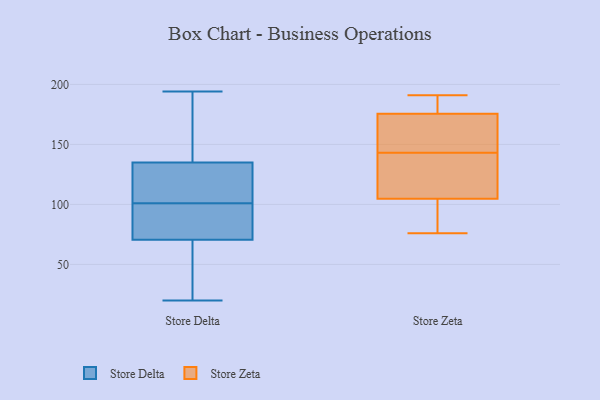
{"axis": {"x": "Net Income (USD K)", "y": "Value"}, "legend": ["Store Delta", "Store Zeta"], "data": [{"x": "", "y": 66, "type": "Store Delta"}, {"x": "", "y": 141, "type": "Store Delta"}, {"x": "", "y": 103, "type": "Store Delta"}, {"x": "", "y": 120, "type": "Store Delta"}, {"x": "", "y": 20, "type": "Store Delta"}, {"x": "", "y": 75, "type": "Store Delta"}, {"x": "", "y": 166, "type": "Store Delta"}, {"x": "", "y": 108, "type": "Store Delta"}, {"x": "", "y": 45, "type": "Store Delta"}, {"x": "", "y": 112, "type": "Store Delta"}, {"x": "", "y": 137, "type": "Store Delta"}, {"x": "", "y": 79, "type": "Store Delta"}, {"x": "", "y": 133, "type": "Store Delta"}, {"x": "", "y": 194, "type": "Store Delta"}, {"x": "", "y": 46, "type": "Store Delta"}, {"x": "", "y": 76, "type": "Store Delta"}, {"x": "", "y": 161, "type": "Store Delta"}, {"x": "", "y": 91, "type": "Store Delta"}, {"x": "", "y": 52, "type": "Store Delta"}, {"x": "", "y": 99, "type": "Store Delta"}, {"x": "", "y": 143, "type": "Store Zeta"}, {"x": "", "y": 113, "type": "Store Zeta"}, {"x": "", "y": 174, "type": "Store Zeta"}, {"x": "", "y": 79, "type": "Store Zeta"}, {"x": "", "y": 143, "type": "Store Zeta"}, {"x": "", "y": 191, "type": "Store Zeta"}, {"x": "", "y": 176, "type": "Store Zeta"}, {"x": "", "y": 188, "type": "Store Zeta"}, {"x": "", "y": 76, "type": "Store Zeta"}, {"x": "", "y": 102, "type": "Store Zeta"}, {"x": "", "y": 130, "type": "Store Zeta"}]}